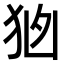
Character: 𭸂